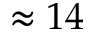
\approx 1 4